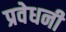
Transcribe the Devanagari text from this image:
प्रवेधनी